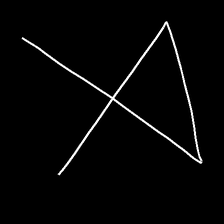
Glyph: collection